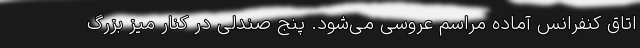
اتاق کنفرانس آماده مراسم عروسی می‌شود. پنج صندلی در کنار میز بزرگ